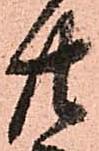
廿